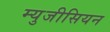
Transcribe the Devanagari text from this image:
म्युजीसियन